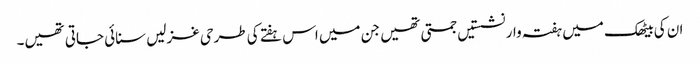
ان کی بیٹھک میں ہفتہ وار نشستیں جمتی تھیں جن میں اس ہفتے کی طرحی غزلیں سنائی جاتی تھیں۔